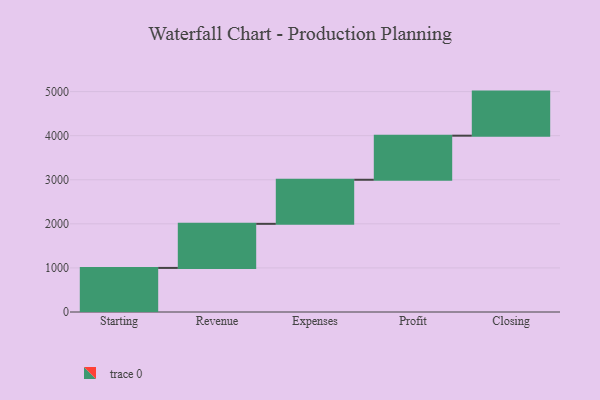
{"axis": {"x": "Step", "y": "Value"}, "legend": [""], "data": [{"x": "Starting", "y": 1000, "type": ""}, {"x": "Revenue", "y": 1000, "type": ""}, {"x": "Expenses", "y": 1000, "type": ""}, {"x": "Profit", "y": 1000, "type": ""}, {"x": "Closing", "y": 1000, "type": ""}]}